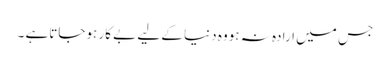
جس میں ارادہ نہ ہووہ دنیا کے لیے بے کار ہوجاتاہے ۔